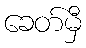
ခေတ်မှီ